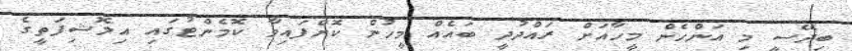
ބިދޭސީ މި އަންހެން މީހާއަށް ރައްދުދީ ބައެއް މީހުން ކޮށްފައިވާ ކޮމެންޓުގައި އިލޮޝިފަތީގެ